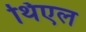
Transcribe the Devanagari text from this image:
थिएल